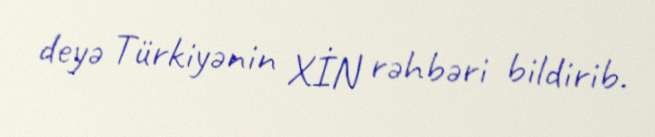
deyə Türkiyənin XİN rəhbəri bildirib.